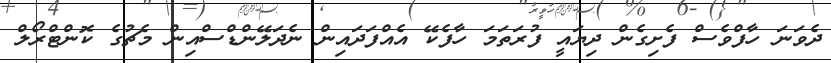
ދެވަނަ ހާފްވެސް ފެށިގެން ދިޔައީ ފުރަތަމަ ހާފެކޭ އެއްފަދައިން ނެދަލޭންޑްސްއިން މެޗުގެ ކޮންޓްރޯލް